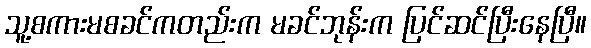
သူ့စကားမစခင်ကတည်းက မခင်ဘုန်းက ပြင်ဆင်ပြီးနေပြီ။